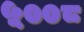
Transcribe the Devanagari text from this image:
५००८